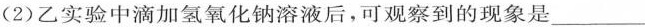
(2)乙实验中滴加氢氧化钠溶液后，可观察到的现象是___